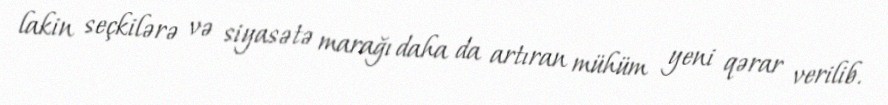
lakin seçkilərə və siyasətə marağı daha da artıran mühüm yeni qərar verilib.